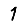
Digit: 1